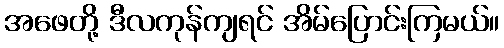
အဖေတို့ ဒီလကုန်ကျရင် အိမ်ပြောင်းကြမယ်။